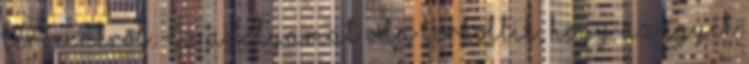
terveinkről. Ez a folyamat oda torkollik, hogy az egyik